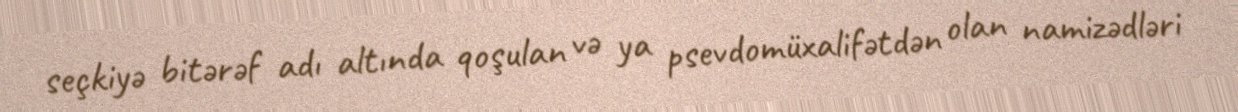
seçkiyə bitərəf adı altında qoşulan və ya psevdomüxalifətdən olan namizədləri